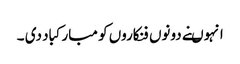
انہوںنے دونوں فنکاروں کو مبارکباد دی ۔